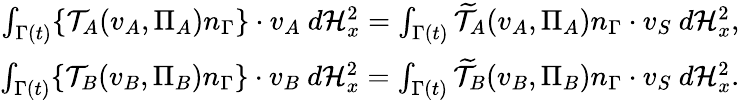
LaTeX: \begin{array}{r}{\int_{\Gamma(t)}\{ \mathcal{T}_{A}(v_{A},\Pi_{A})n_{\Gamma}\} \cdot v_{A}{\ }d\mathcal{H}_{x}^{2}=\int_{\Gamma(t)}\widetilde{\mathcal{T}}_{A}(v_{A},\Pi_{A})n_{\Gamma}\cdot v_{S}{\ }d\mathcal{H}_{x}^{2},}\\ {\int_{\Gamma(t)}\{ \mathcal{T}_{B}(v_{B},\Pi_{B})n_{\Gamma}\} \cdot v_{B}{\ }d\mathcal{H}_{x}^{2}=\int_{\Gamma(t)}\widetilde{\mathcal{T}}_{B}(v_{B},\Pi_{B})n_{\Gamma}\cdot v_{S}{\ }d\mathcal{H}_{x}^{2}.}\end{array}